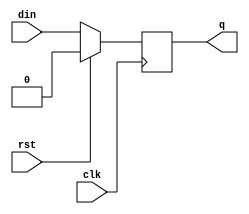
module dff_sync_rst(din,clk,rst,q);
  input din,clk,rst;
  output reg q;
  
  always@(posedge clk) //synchronous reset
    begin
      if(rst)
        q <= 0;
      else
        q <= din;
    end
endmodule